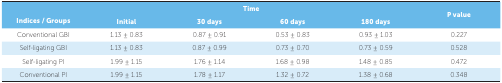
<table><thead><tr><td rowspan="2"><b> Indices / Groups</b></td><td colspan="4"><b> Time</b></td><td rowspan="2"><b> P value</b></td></tr><tr><td><b> Initial</b></td><td><b> 30 days</b></td><td><b> 60 days</b></td><td><b> 180 days</b></td></tr></thead><tbody><tr><td> Conventional GBI</td><td> 1.13 ± 0.83</td><td> 0.87 ± 0.91</td><td> 0.53 ± 0.83</td><td> 0.93 ± 1.03</td><td> 0.227</td></tr><tr><td> Self-ligating GBI</td><td> 1.13 ± 0.83</td><td> 0.87 ± 0.99</td><td> 0.73 ± 0.70</td><td> 0.73 ± 0.59</td><td> 0.528</td></tr><tr><td> Self-ligating PI</td><td> 1.99 ± 1.15</td><td> 1.76 ± 1.14</td><td> 1.68 ± 0.98</td><td> 1.48 ± 0.85</td><td> 0.472</td></tr><tr><td> Conventional PI</td><td> 1.99 ± 1.15</td><td> 1.78 ± 1.17</td><td> 1.32 ± 0.72</td><td> 1.38 ± 0.68</td><td> 0.348</td></tr></tbody></table>